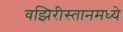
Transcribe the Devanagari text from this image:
वझिरीस्तानमध्ये